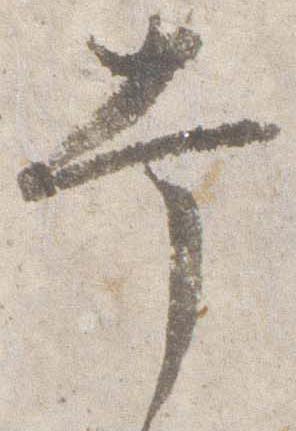
幸